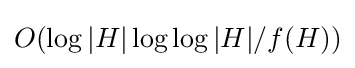
O(\log |H|\log \log |H|/f(H))